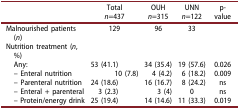
|  | Totaln=437 | OUHn=315 | UNNn=122 | p-value |
 | --- | --- | --- | --- | --- |
 | Malnourished patients (n) | 129 | 96 | 33 |  |
 | Nutrition treatment (n, %) |  |  |  |  |
 | Any: | 53 (41.1) | 34 (35.4) | 19 (57.6) | 0.026 |
 | – Enteral nutrition | 10 (7.8) | 4 (4.2) | 6 (18.2) | 0.009 |
 | – Parenteral nutrition | 24 (18.6) | 16 (16.7) | 8 (24.2) | ns |
 | – Enteral + parenteral | 3 (2.3) | 3 (4) | 0 | ns |
 | – Protein/energy drink | 25 (19.4) | 14 (14.6) | 11 (33.3) | 0.019 |